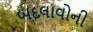
બદલાવોની